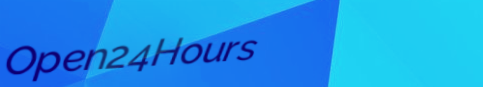
Open24Hours